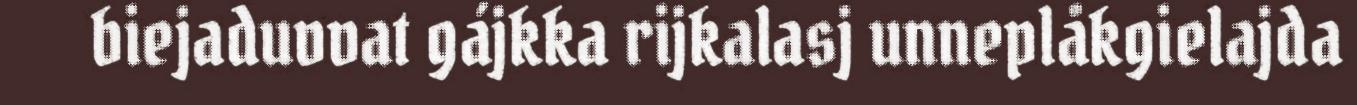
biejaduvvat gájkka rijkalasj unneplåkgielajda